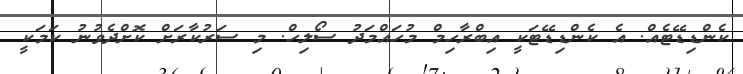
ކެންޑިޑޭޓެއް. އެ ކެންޑިޑޭޓަކީ އިބްރާހިމް މުހައްމަދު ސޯލިހް. މި ސަރުކާރަށް ކޮށްދެވުނު ކަމަކީ